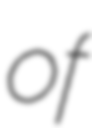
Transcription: of